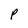
Character: P